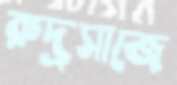
রুদ্রসাজে